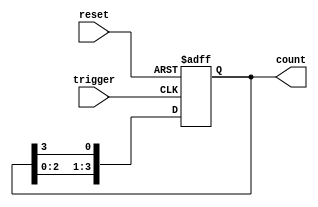
module async_ring_counter #(
    parameter N = 4 // Number of flip-flops
)(
    input wire reset, // Asynchronous reset signal
    input wire trigger, // Triggering signal (could be any edge)
    output reg [N-1:0] count // Output of the counter
);

// Initial state
initial begin
    count = 1'b1; // Only the first flip-flop is set
end

// Asynchronous behavior for the ring counter
always @(posedge trigger or posedge reset) begin
    if (reset) begin
        count <= 1'b1; // Reset to initial state (0001)
    end else begin
        count <= {count[N-2:0], count[N-1]}; // Shift left with wrap-around
    end
end

endmodule